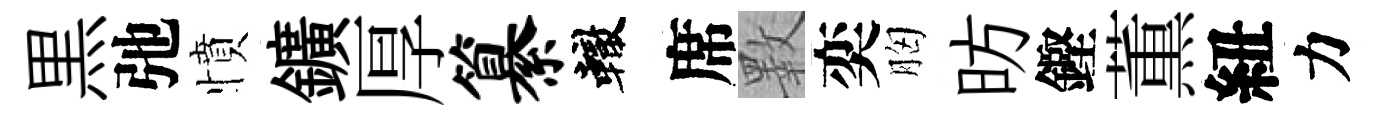
黒弛憤鑛厚纂轍席斁奕胸昉鏗薫紐力